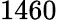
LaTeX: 1460